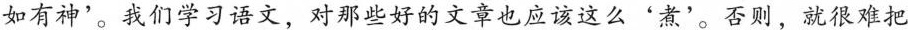
如有神'。我们学习语文，对那些好的文章也应该这么'煮'。否则，就很难把